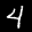
Label: 4